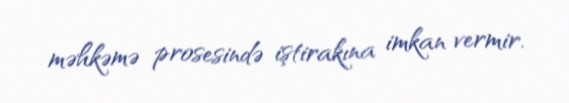
məhkəmə prosesində iştirakına imkan vermir.